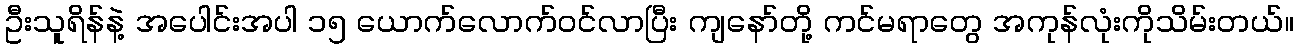
ဦးသူရိန်နဲ့ အပေါင်းအပါ ၁၅ ယောက်လောက်ဝင်လာပြီး ကျနော်တို့ ကင်မရာတွေ အကုန်လုံးကိုသိမ်းတယ်။